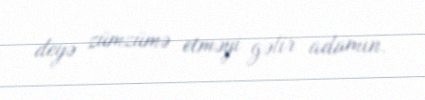
deyə zümzümə etməyi gəlir adamın.